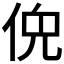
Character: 𫢤